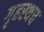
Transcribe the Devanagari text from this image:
गृहस्थच